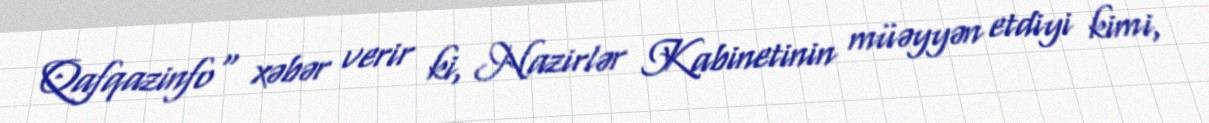
Qafqazinfo" xəbər verir ki, Nazirlər Kabinetinin müəyyən etdiyi kimi,